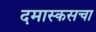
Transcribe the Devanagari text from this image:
दमास्कसचा